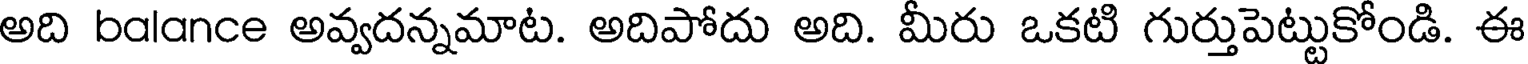
అది balance అవ్వదన్నమాట. అదిపోదు అది. మీరు ఒకటి గుర్తుపెట్టుకోండి. ఈ